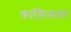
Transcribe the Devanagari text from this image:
कालिसवर